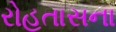
રોહતાસના